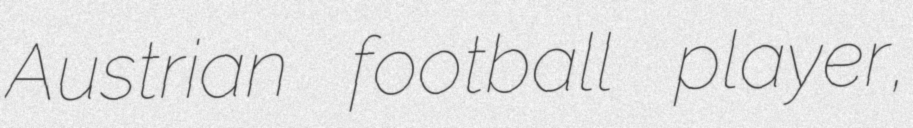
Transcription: Austrian football player,